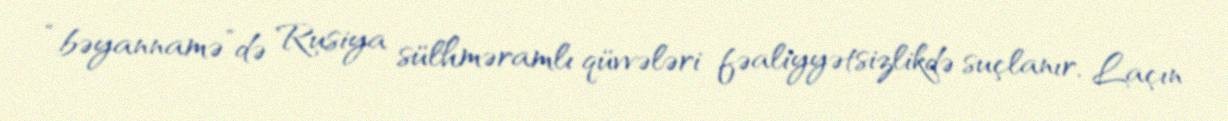
“bəyannamə”də Rusiya sülhməramlı qüvvələri fəaliyyətsizlikdə suçlanır, Laçın